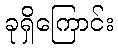
ခုရှိကြောင်း